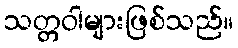
သတ္တဝါများဖြစ်သည်။